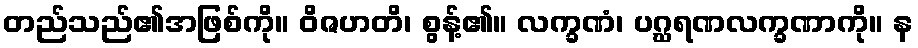
တည်သည်၏အဖြစ်ကို။ ဝိဇဟတိ၊ စွန့်၏။ လက္ခဏံ၊ ပဂ္ဃရဏလက္ခဏာကို။ န